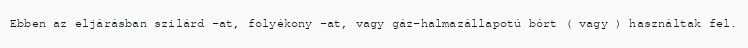
Ebben az eljárásban szilárd -at, folyékony -at, vagy gáz-halmazállapotú bórt ( vagy ) használtak fel.